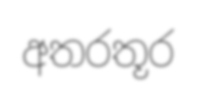
අතරතූර